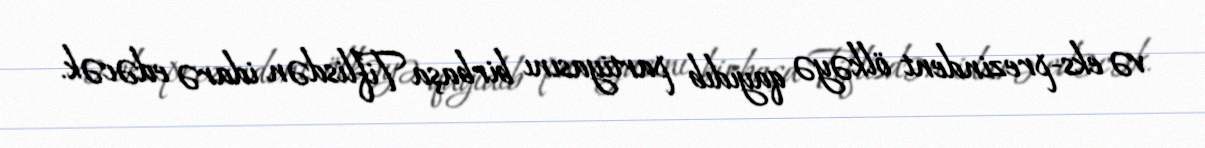
və eks-prezindent ölkəyə qayıdıb partiyasını birbaşa Tiflisdən idarə edəcək.